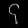
Digit: ၄